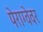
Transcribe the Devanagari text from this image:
पेराग्वेवर